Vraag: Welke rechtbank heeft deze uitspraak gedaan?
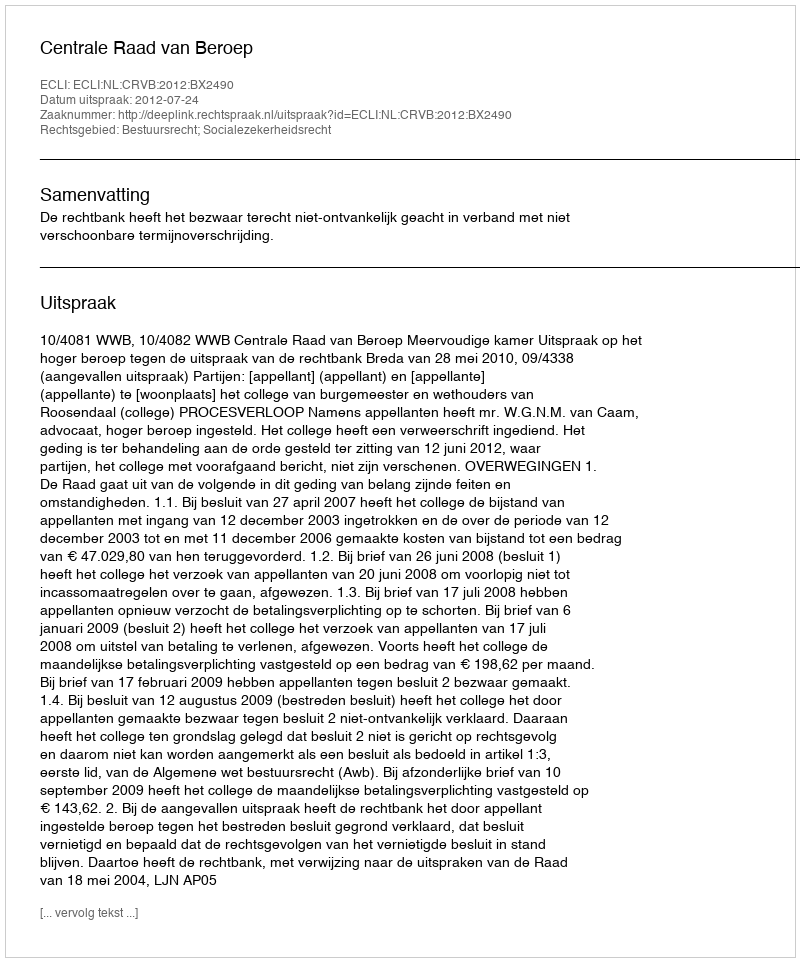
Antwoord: Centrale Raad van Beroep